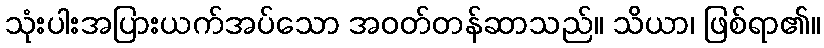
သုံးပါးအပြားယက်အပ်သော အဝတ်တန်ဆာသည်။ သိယာ၊ ဖြစ်ရာ၏။